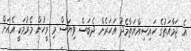
އެ ޖަމާއަތުގެ ހައިސިއްޔަތާމެދު އަހަރެން ދެބަސް ވިޔަސް މި މީހުން މެރުމަކީ އެއަށް